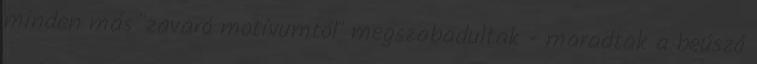
minden más "zavaró motívumtól" megszabadultak - maradtak a beúszó